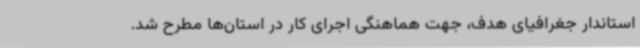
استاندار جغرافیای هدف، جهت هماهنگی اجرای کار در استان‌ها مطرح شد.